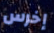
إخرس